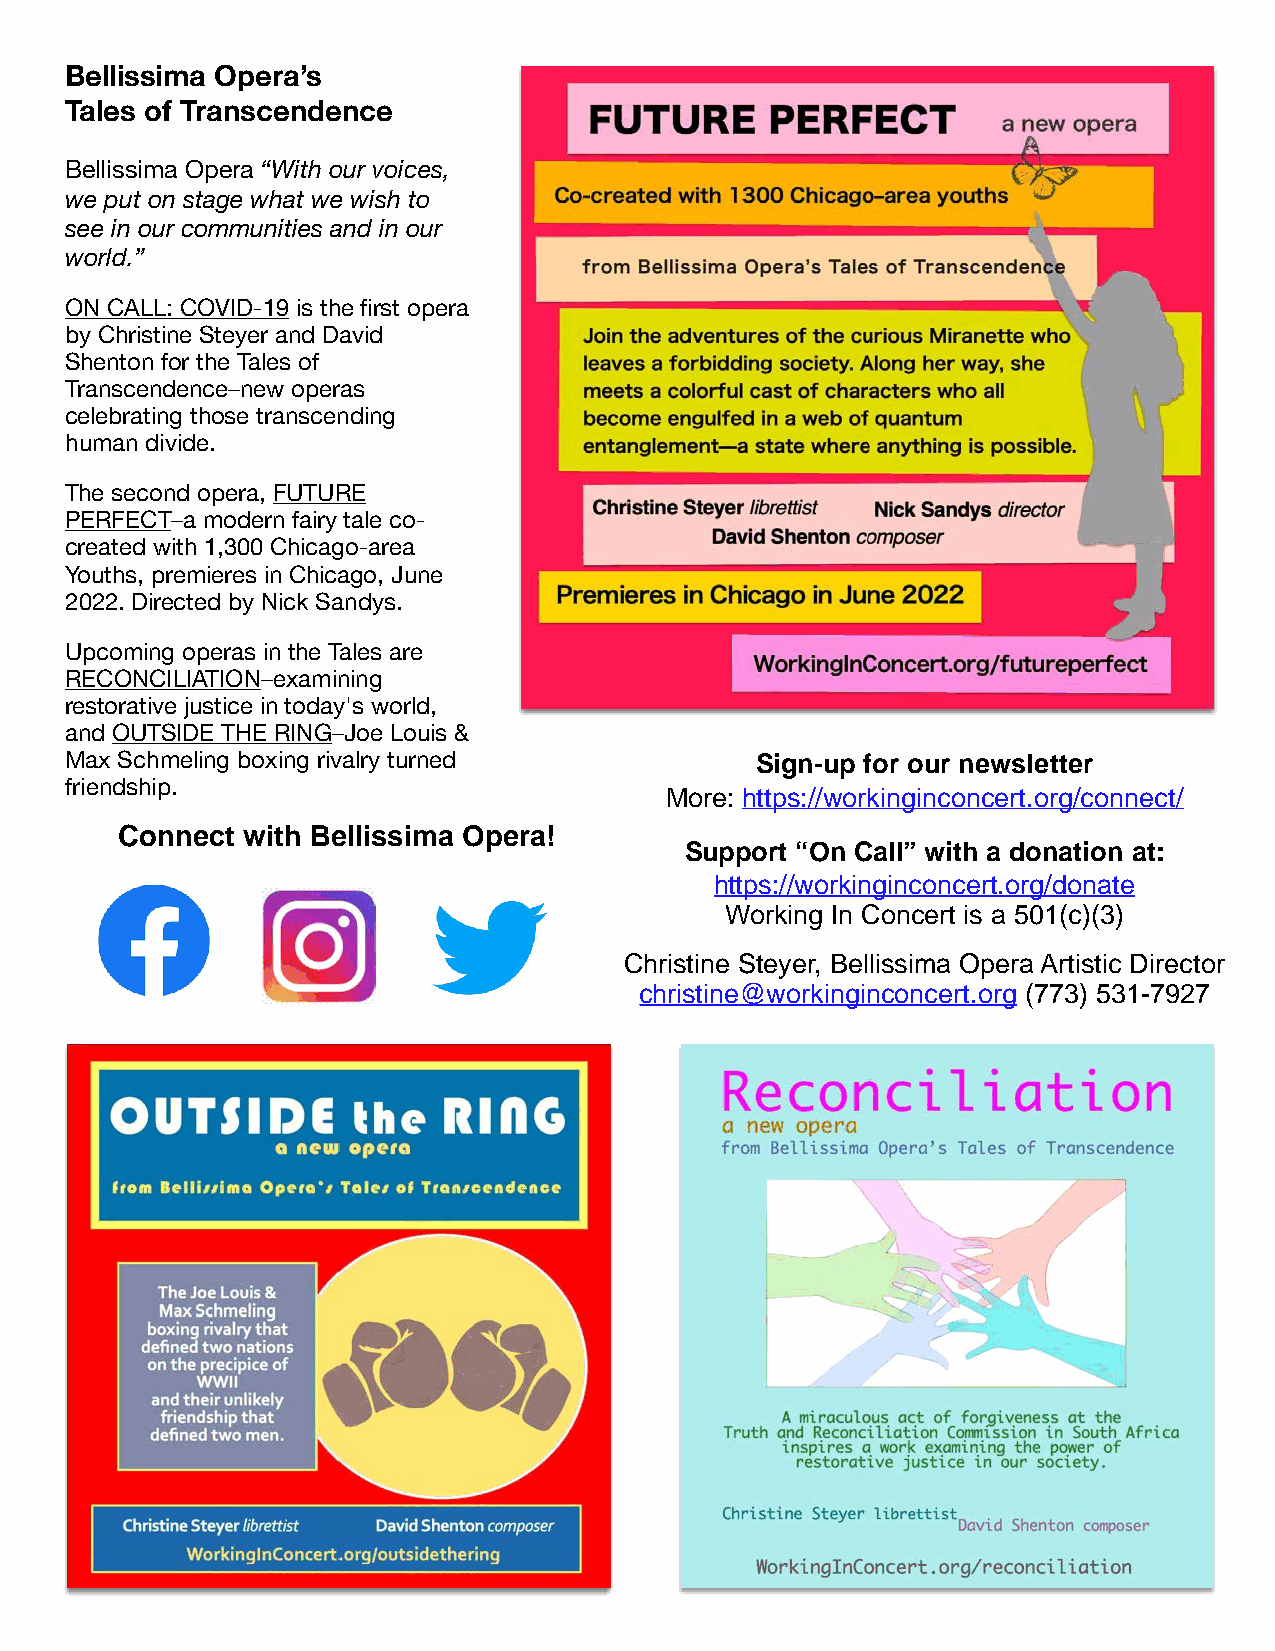
Bellissima Opera’s
 Tales of Transcendence
 Bellissima Opera “With our voices,
 we put on stage what we wish to
 see in our communities and in our
 world.”
 ON CALL: COVID-19 is the first opera
 by Christine Steyer and David
 Shenton for the Tales of
 Transcendence–new operas
 celebrating those transcending
 human divide.
 The second opera, FUTURE
 PERFECT–a modern fairy tale co-
 created with 1,300 Chicago-area
 Youths, premieres in Chicago, June
 2022. Directed by Nick Sandys.
 Upcoming operas in the Tales are
 RECONCILIATION–examining
 restorative justice in today's world,
 and OUTSIDE THE RING–Joe Louis &
 Max Schmeling boxing rivalry turned           Sign-up for our newsletter
 friendship.
 More: https://workinginconcert.org/connect/
 Connect with Bellissima Opera!
 Support “On Call” with a donation at:
 https://workinginconcert.org/donate
 Working In Concert is a 501(c)(3)
 Christine Steyer, Bellissima Opera Artistic Director
 christine@workinginconcert.org (773) 531-7927